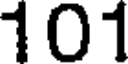
101